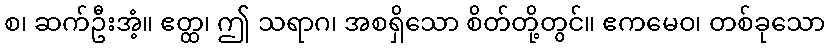
စ၊ ဆက်ဦးအံ့။ ဧတ္ထ၊ ဤ သရာဂ၊ အစရှိသော စိတ်တို့တွင်။ ဧကမေဝ၊ တစ်ခုသော